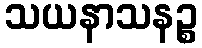
သယနာသနဉ္စ